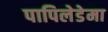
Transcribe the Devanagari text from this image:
पापिलेडेमा